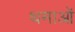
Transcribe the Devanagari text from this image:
थमाओं